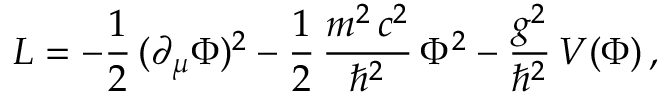
{ \cal L } = - \frac { 1 } { 2 } \, ( \partial _ { \mu } \Phi ) ^ { 2 } - \frac { 1 } { 2 } \, \frac { m ^ { 2 } \, c ^ { 2 } } { \hbar ^ { 2 } } \, \Phi ^ { 2 } - \frac { g ^ { 2 } } { \hbar ^ { 2 } } \, V ( \Phi ) \, ,